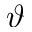
\vartheta